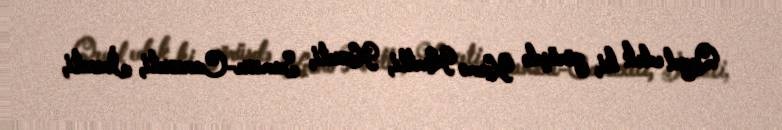
Qeyd edək ki, görüşdə Kvemo Kartli, Kaxeti, Samsxe-Cavaxeti, İmereti,